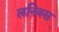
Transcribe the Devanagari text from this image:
लनिक्स